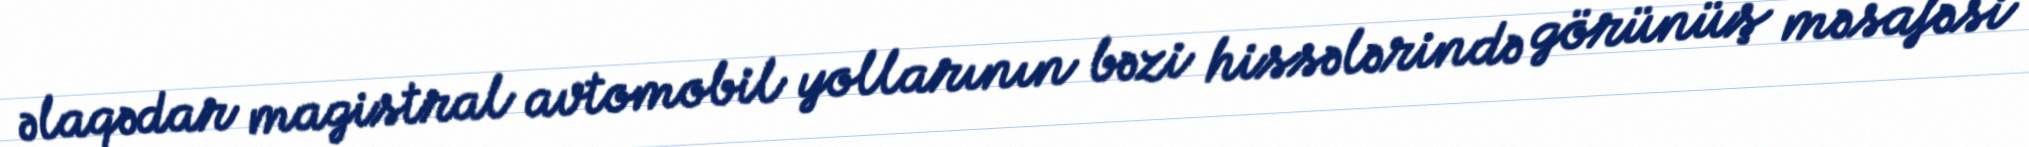
əlaqədar magistral avtomobil yollarının bəzi hissələrində görünüş məsafəsi